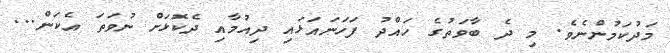
މަދުކަމުންނެވެ. މި ދެ ބާވަތުގެ ހައްދު ފަހަނައަޅައި ދިއުމާއި ދެކޮޅަށް ނުވަތަ އެކަން...